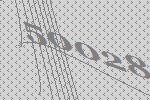
50028